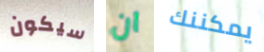
سيكون ان يمكننك